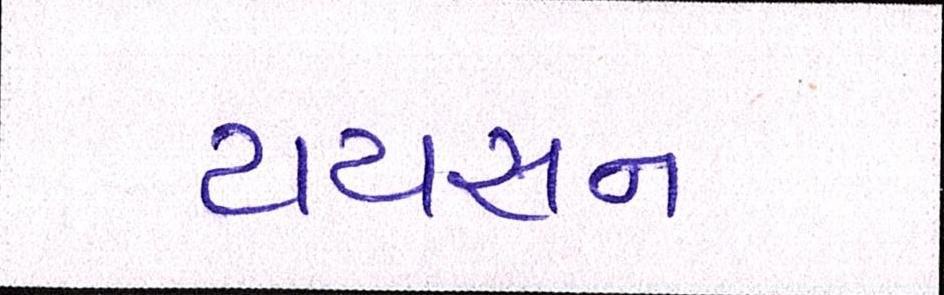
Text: ટાયસન